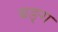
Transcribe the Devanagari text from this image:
बङ्ग